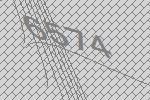
6574